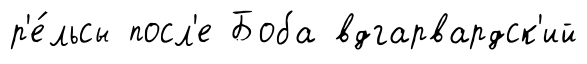
р'е́льсы посл'е Боба вдгарвардск'ий